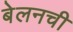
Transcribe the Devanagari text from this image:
बेलनची